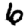
Digit: 6